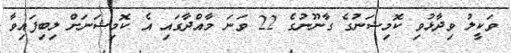
ވަކީލު ވިދާޅުވި ކޮމިޝަނުގެ ގާނޫނުގެ 22 ވަނަ މާއްދާގައި އެ ކޮމިޝަނަށް ލިބިފައިވާ